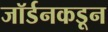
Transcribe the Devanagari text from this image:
जॉर्डनकडून